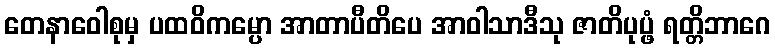
တေနာဝေါစုမှ ပထဝိကမ္ပော အာတာပီတိပေ အာဝါသာဒီသု ဇာတိပုပ္ဖံ ရတ္တိဘာဂေ